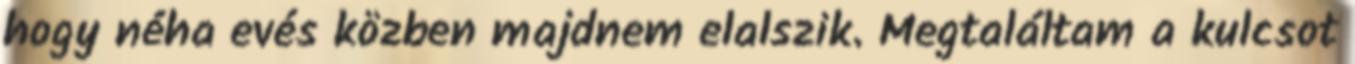
hogy néha evés közben majdnem elalszik. Megtaláltam a kulcsot